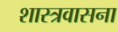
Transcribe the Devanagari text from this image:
शास्त्रवासना